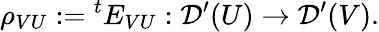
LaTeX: \rho_{VU}:={}^{t}E_{VU}:{\mathcal{D}}^{\prime}(U)\to{\mathcal{D}}^{\prime}(V).